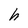
Character: h